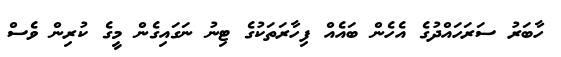
ހާބަރު ސަރަހައްދުގެ އެހެން ބައެއް ފިހާރަތަކުގެ ޓިނު ނަގައިގެން މީގެ ކުރިން ވެސް